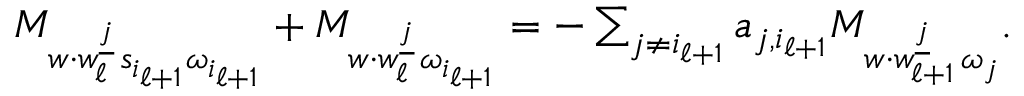
\begin{array} { r } { M _ { w \cdot w _ { \ell } ^ { \underline { { j } } } \, s _ { i _ { \ell + 1 } } \omega _ { i _ { \ell + 1 } } } + M _ { w \cdot w _ { \ell } ^ { \underline { { j } } } \, \omega _ { i _ { \ell + 1 } } } = - \sum _ { j \neq i _ { \ell + 1 } } a _ { j , { i _ { \ell + 1 } } } M _ { w \cdot w _ { \ell + 1 } ^ { \underline { { j } } } \, \omega _ { j } } . } \end{array}